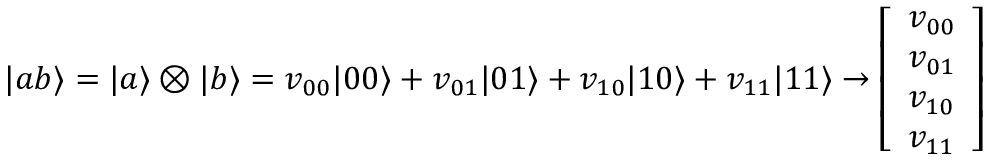
| a b \rangle = | a \rangle \otimes | b \rangle = v _ { 0 0 } | 0 0 \rangle + v _ { 0 1 } | 0 1 \rangle + v _ { 1 0 } | 1 0 \rangle + v _ { 1 1 } | 1 1 \rangle \rightarrow { \left[ \begin{array} { l } { v _ { 0 0 } } \\ { v _ { 0 1 } } \\ { v _ { 1 0 } } \\ { v _ { 1 1 } } \end{array} \right] }